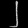
Digit: ၂